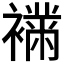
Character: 𧝉